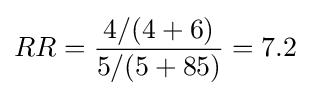
RR={4/(4+6) \over 5/(5+85)}=7.2